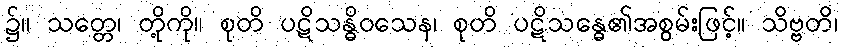
၌။ သတ္တေ၊ တို့ကို။ စုတိ ပဋိသန္ဓိဝသေန၊ စုတိ ပဋိသန္ဓေ၏အစွမ်းဖြင့်။ သိဗ္ဗတိ၊